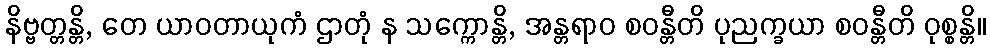
နိဗ္ဗတ္တန္တိ, တေ ယာဝတာယုကံ ဌာတုံ န သက္ကောန္တိ, အန္တရာဝ စဝန္တီတိ ပုညက္ခယာ စဝန္တီတိ ဝုစ္စန္တိ။